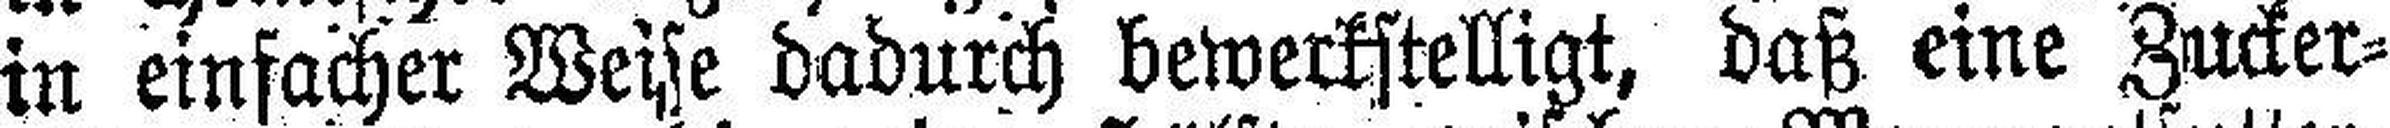
in einfacher Weise dadurch bewerkstelligt, daß eine Zucker¬